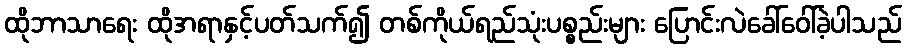
ထိုဘာသာရေး ထိုအရာနှင့်ပတ်သက်၍ တစ်ကိုယ်ရည်သုံးပစ္စည်းများ ပြောင်းလဲခေါ်ဝေါ်ခဲ့ပါသည်